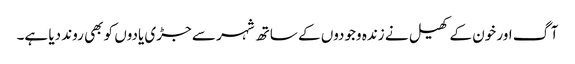
آگ اور خون کے کھیل نے زندہ وجودوں کے ساتھ شہر سے جڑی یادوں کو بھی روند دیا ہے۔